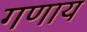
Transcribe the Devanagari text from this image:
गणाय